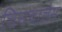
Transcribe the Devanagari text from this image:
चिनचालेस